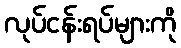
လုပ်ငန်းရပ်များကို